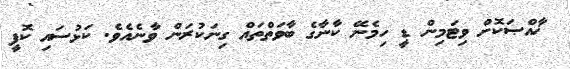
ޚާއްޞަކޮށް ވިޓަމިން ޑީ ހިމެނޭ ކާނާގެ ބާވަތްތައް ގިނަކުރަން ވާނެއެވެ. ކަޅުސައި ކޮފީ